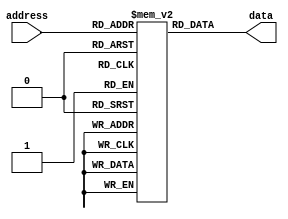
module OTP_ROM (
    input wire [address_width-1:0] address,
    output reg [data_width-1:0] data
);

localparam address_width = 8; //change this size according to requirement
localparam data_width = 16; //change this size according to requirement

reg [data_width-1:0] memory [0:2**address_width-1];

// initialize memory with data
initial begin
    memory[0] = 16'hFFFF;
    // initialize other memory locations as needed
end

always @(*) begin
    data = memory[address];
end

endmodule